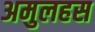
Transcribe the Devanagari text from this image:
अमुलहस